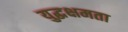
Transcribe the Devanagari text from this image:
युद्धक्षमता